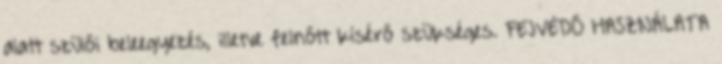
alatt szülői beleegyezés, illetve felnőtt kísérő szükséges. FEJVÉDŐ HASZNÁLATA